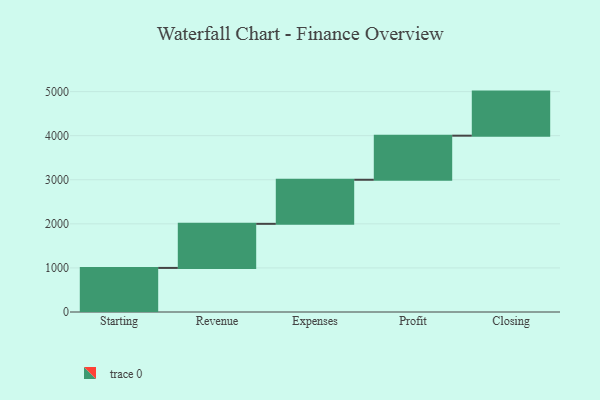
{"axis": {"x": "Step", "y": "Value"}, "legend": [""], "data": [{"x": "Starting", "y": 1000, "type": ""}, {"x": "Revenue", "y": 1000, "type": ""}, {"x": "Expenses", "y": 1000, "type": ""}, {"x": "Profit", "y": 1000, "type": ""}, {"x": "Closing", "y": 1000, "type": ""}]}